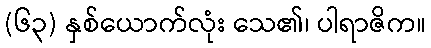
(၆၃) နှစ်ယောက်လုံး သေ၏၊ ပါရာဇိက။